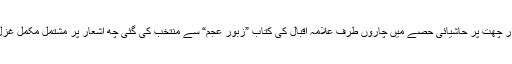
اندرون مزار چھت پر حاشیائی حصے میں چاروں طرف علامہ اقبالؒ کی کتاب ”زبور عجم“ سے منتخب کی گئی چھ اشعار پر مشتمل مکمل غزل درج ہے۔